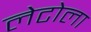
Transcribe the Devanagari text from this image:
लेटोला